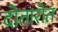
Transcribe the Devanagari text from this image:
दोतारोत